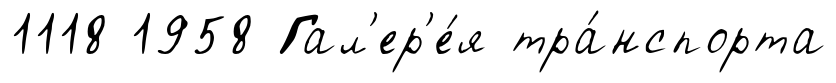
1118 1958 Гал'ер'е́я тра́нспорта